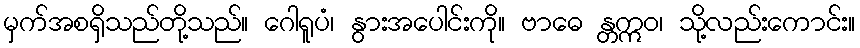
မှက်အစရှိသည်တို့သည်။ ဂေါရူပံ၊ နွားအပေါင်းကို။ ဗာဓေ န္တဣဝ၊ သို့လည်းကောင်း။